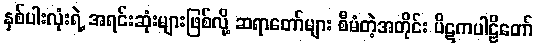
နှစ်ပါးလုံးရဲ့ အရင်းဆုံးများဖြစ်လို့ ဆရာတော်များ စီမံတဲ့အတိုင်း ပိဋကပါဠိတော်